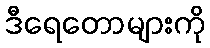
ဒီရေတောများကို